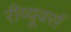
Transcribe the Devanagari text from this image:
रीव्यूवर्स